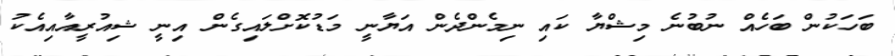
ބަހަކުން ބަހެއް ނުބުނެ މިޝްޔާ ކައި ނިމެންދެން އަޔާނީ މަޑުކޮށްލައިގެން އިނީ ޝިއުރީއާއިއެކު